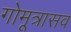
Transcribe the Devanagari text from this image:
गोमूत्रासव